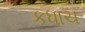
કધાચ